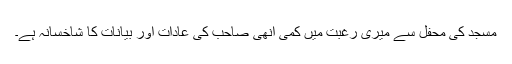
مسجد کی محفل سے میری رغبت میں کمی انھی صاحب کی عادات اور بیانات کا شاخسانہ ہے۔